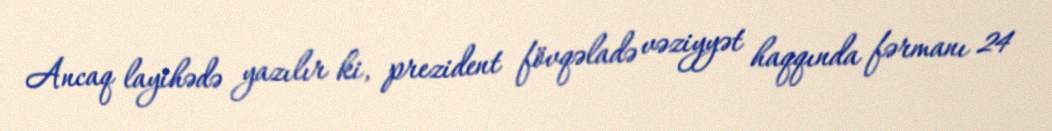
Ancaq layihədə yazılır ki, prezident fövqəladə vəziyyət haqqında fərmanı 24